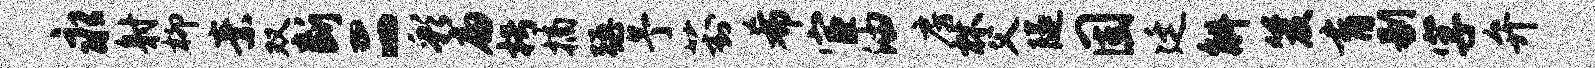
永射柳素双断二彩扁枵摘强予葑希宦油房林父隧固廷斛笈育剔字弁